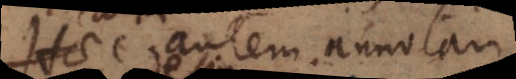
Talia autem annotari